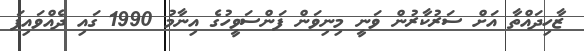
ޒާހިދައްތާ އަށް ސަރުކާރުން ވަނީ މިނިވަން ފަންސަވީހުގެ އިނާމު 1990 ގައި ދެއްވައިފަ